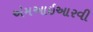
એમઆઇઆરવી